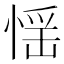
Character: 𢝾